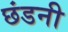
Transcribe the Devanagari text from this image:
छंडनी